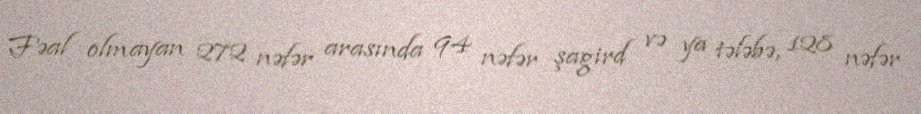
Fəal olmayan 272 nəfər arasında 94 nəfər şagird və ya tələbə, 128 nəfər